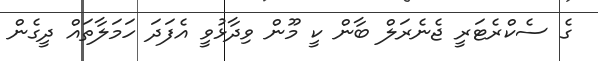
ގެ ސެކްރެޓަރީ ޖެނެރަލް ބާން ކީ މޫން ވިދާޅުވީ އެފަދަ ހަމަލާތައް ދީގެން